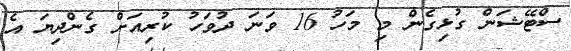
ސްޓޭޝަން ގުޅިގެން މި މަހު 16 ވަނަ ދުވަހު ކުރިއަށް ގެންދިޔަ އެ